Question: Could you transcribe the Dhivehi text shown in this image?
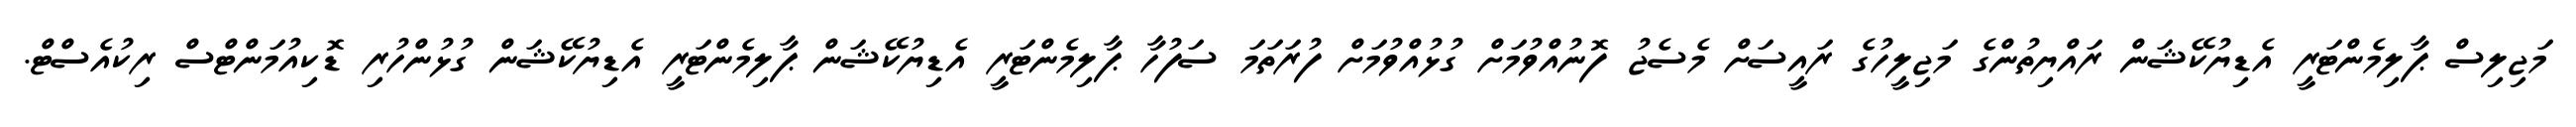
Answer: މަޖިލިސް ޕާލިމެންޓަރީ އެޑިޔުކޭޝަން ރައްޔިތުންގެ މަޖިލީހުގެ ރައީސަށް މެސެޖު ފޮނުއްވުމަށް ގުޅުއްވުމަށް ފުރަތަމަ ސަފުހާ ޕާލިމެންޓަރީ އެޑިޔުކޭޝަން ޕާލިމެންޓަރީ އެޑިޔުކޭޝަން ގުޅުންހުރި ޑޮކިއުމަންޓްސް ރިކުއެސްޓް.